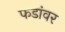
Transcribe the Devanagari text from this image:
फडांवर